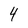
Character: 4